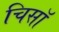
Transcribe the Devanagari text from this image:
चिसॉ